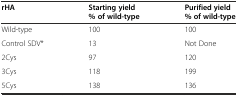
<table><thead><tr><td rowspan="2"><b>rHA</b></td><td><b>Starting yield</b></td><td><b>Purified yield</b></td></tr><tr><td><b>% of wild-type</b></td><td><b>% of wild-type</b></td></tr></thead><tbody><tr><td>Wild-type</td><td>100</td><td>100</td></tr><tr><td>Control SDV*</td><td>13</td><td>Not Done</td></tr><tr><td>2Cys</td><td>97</td><td>120</td></tr><tr><td>3Cys</td><td>118</td><td>199</td></tr><tr><td>5Cys</td><td>138</td><td>136</td></tr></tbody></table>